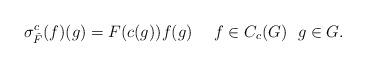
LaTeX: \begin{align*}\sigma^c_{\check F}(f)(g)=F(c(g))f(g)\ \ \ \ f\in C_c(G)\ \ g\in G.\end{align*}